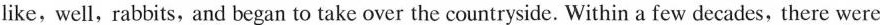
like，well，rabbits，and began to take over the countryside. Within a few decades，there were